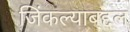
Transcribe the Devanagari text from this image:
जिंकल्याबद्दल